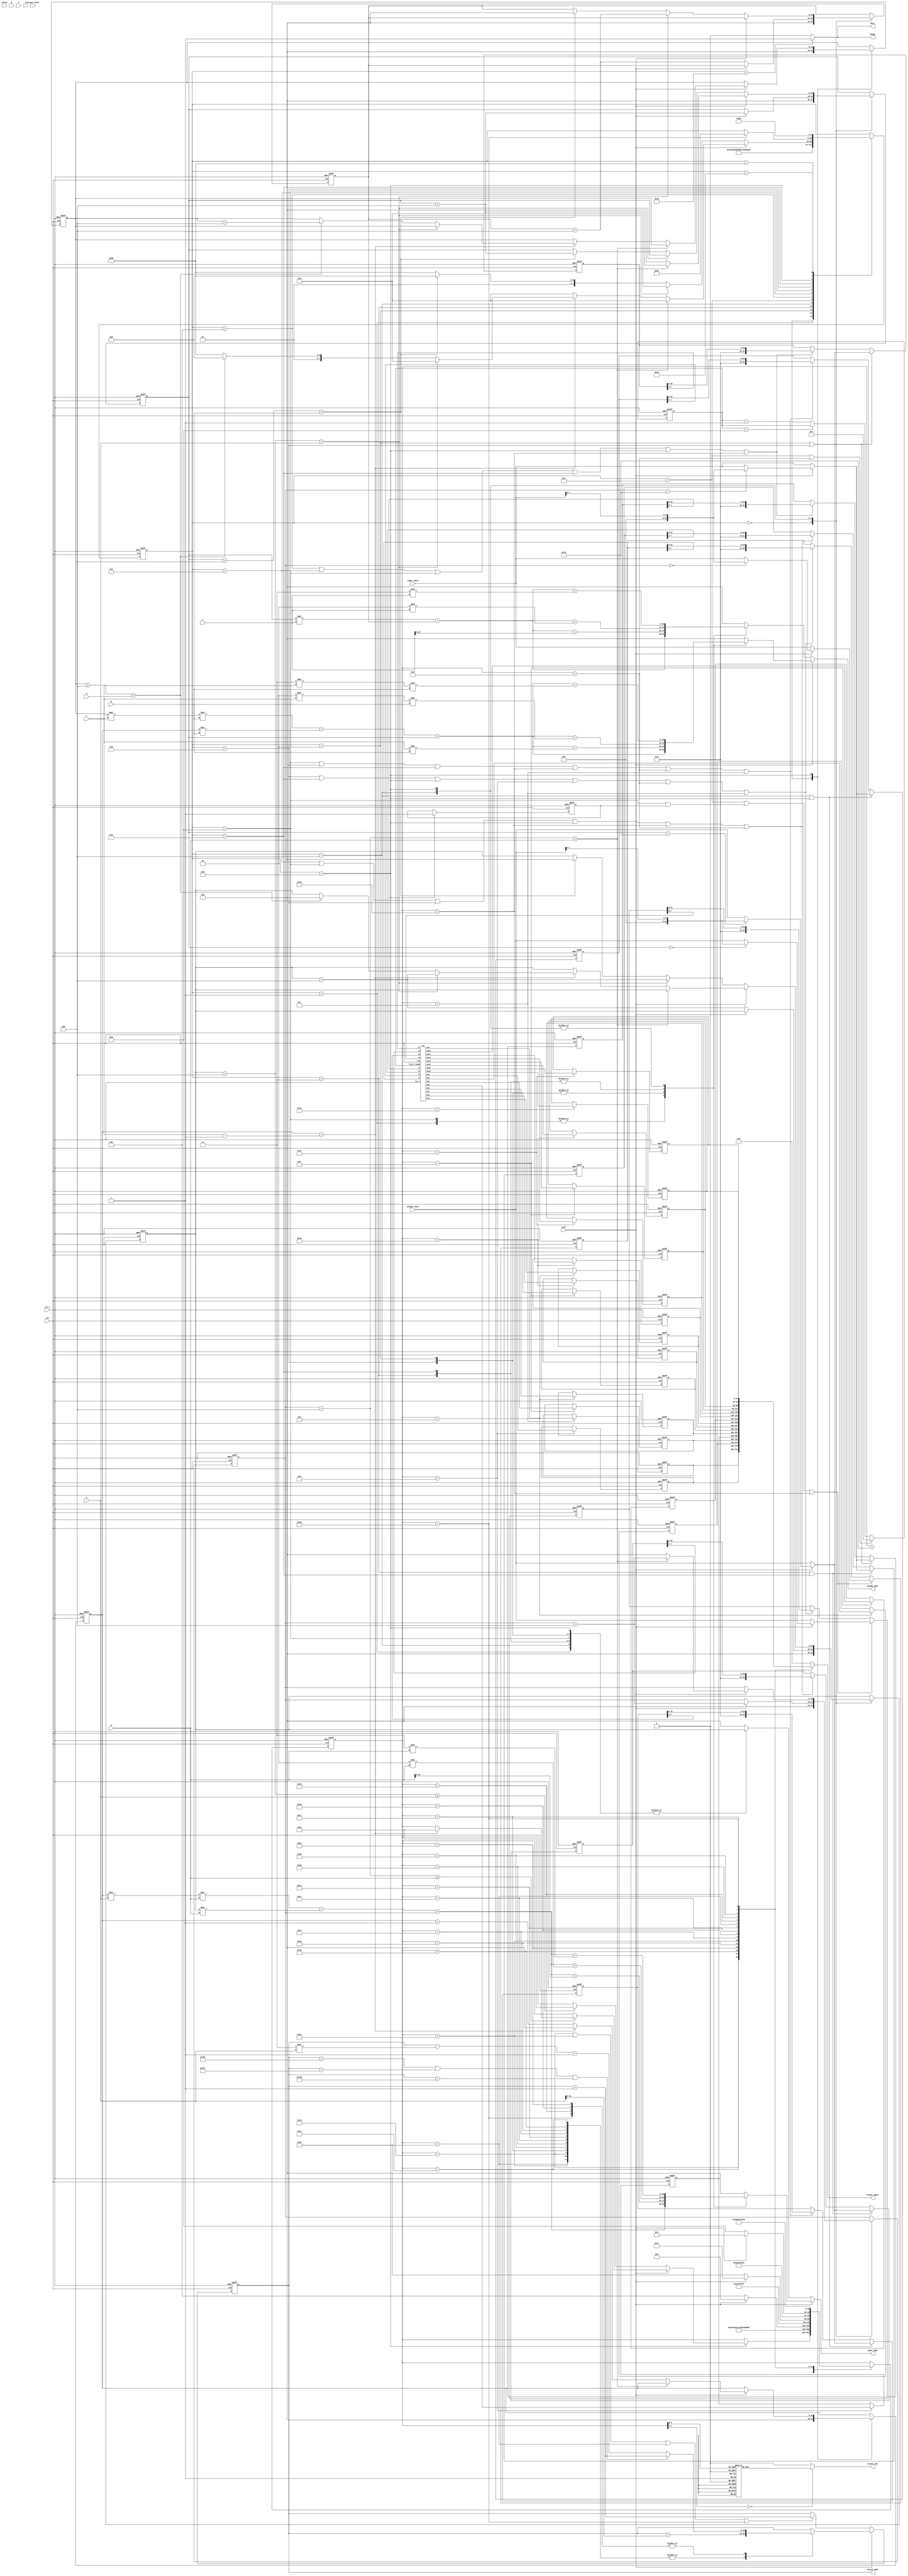
`define init 8'd0 
`define set1 8'd1
`define set2_get1 8'd2
`define set3_get2 8'd3
`define set4_get3 8'd4
`define get4 8'd5
`define dummy1 8'd6
`define dummy2 8'd7
`define loop1 8'd8
`define loop2 8'd9
`define loop3 8'd10
`define loop4 8'd11
`define wait_to_finish 8'd41
`define last 8'd42
`define done 8'd43

`define clk1 8'd12
`define clk2 8'd13
`define clk3 8'd14
`define clk4 8'd15
`define clk5 8'd16
`define clk6 8'd17
`define clk7 8'd18
`define stl1 8'd22
`define stl2 8'd23
`define idle 8'd24
`define send1 8'd25
`define send2 8'd26
`define send3 8'd27
`define send4 8'd28
`define send5 8'd29
`define send6 8'd30
`define send7 8'd31
`define send8 8'd32
`define send9 8'd33
`define send10 8'd34
`define send11 8'd35
`define send12 8'd36
`define send13 8'd37
`define send14 8'd38
`define send15 8'd39
`define send16 8'd40

`define fc 1'b0
`define conv 1'b1


module top (
    input clk,
    input rst_n,
    input valid,
    input conv,
    output reg Wait,
    output reg Ready,
    output reg [15:0] input_addr,
    input [31:0] input_rdata,
    output reg [15:0] weight_addr,
    input [31:0] weight_rdata,
    output reg output_wen,
    output reg [15:0] output_addr,
    input signed [31:0] output_rdata,
    output reg signed [31:0] output_wdata,
    input [31:0] N,
    input [31:0] C,
    input [31:0] H,
    input [31:0] W,
    input [31:0] R,
    input [31:0] S,
    input [31:0] M,
    input [31:0] P,
    input [31:0] Q
);

// state 
reg [7:0] state, next_state;

// 8 buffer -> 4 row & 4 col
reg signed [31:0] next_row1_buf, next_row2_buf, next_row3_buf, next_row4_buf; 
reg signed [31:0] row1_buf, row2_buf, row3_buf, row4_buf; 
reg signed [31:0] next_col1_buf, next_col2_buf, next_col3_buf, next_col4_buf; 
reg signed [31:0] col1_buf, col2_buf, col3_buf, col4_buf; 
reg [15:0] output_addr_, next_output_addr;

// output data storage
reg signed [31:0] sa1, sa2, sa3, sa4, sa5, sa6, sa7, sa8, sa9, sa10, sa11, sa12, sa13, sa14, sa15, sa16;
reg signed [31:0] next_sa1, next_sa2, next_sa3, next_sa4, next_sa5, next_sa6, next_sa7, next_sa8, next_sa9, next_sa10, next_sa11, next_sa12, next_sa13, next_sa14, next_sa15, next_sa16;
wire signed [31:0] _sa1, _sa2, _sa3, _sa4, _sa5, _sa6, _sa7, _sa8, _sa9, _sa10, _sa11, _sa12, _sa13, _sa14, _sa15, _sa16;

// cnt for input & weight
// cnt for channel 
// num of weight kernel
reg [15:0] ch, next_ch;
reg [15:0] ip_r, ip_c, next_ip_r, next_ip_c; 
reg [15:0] wt_r, wt_c, next_wt_r, next_wt_c, wt_num, next_wt_num;

// output w state
reg [7:0] opw_state, next_opw_state;

// first round
reg [5:0] first_round, next_first_round;

    // -----------------------------------------------------------------------------------
    // flag
    reg flag, next_flag;
    always @(*) begin
        next_flag = flag;
        if (state == `loop4) begin
            next_flag = 1;
        end
    end
    always @(posedge clk, negedge rst_n) begin
        if (rst_n == 0) begin
            flag = 0;
        end
        else begin
            flag = next_flag;
        end
    end

    // -----------------------------------------------------------------------------------

    // row1 buffer
    always @(*) begin
        if (state == `set2_get1 || state == `loop2) begin
            if (conv == `conv) begin
                if (ip_c == 16'd24) begin
                    next_row1_buf = {24'd0, input_rdata[7:0]};
                end
                else begin
                    next_row1_buf = input_rdata;
                end
            end
            else begin
                next_row1_buf = input_rdata;
            end
        end
        else if (state == `dummy1 || state == `dummy2 || state == `loop1
        || state == `loop3 || state == `loop4 || opw_state == `stl1) begin
            next_row1_buf = {8'b00000000, row1_buf[31:8]};
        end
        else begin
            next_row1_buf = row1_buf;
        end
    end

    // row2 buffer
    always @(*) begin
        if (state == `set3_get2 || state == `loop3) begin
            if (conv == `conv) begin
                if (ip_c == 16'd24) begin
                    next_row2_buf = {24'd0, input_rdata[7:0]};
                end
                else begin
                    next_row2_buf = input_rdata;
                end
            end
            else begin
                next_row2_buf = input_rdata;
            end
        end
        else if (state == `dummy2 || state == `loop1
        || state == `loop2 || state == `loop4 || opw_state == `stl1 || opw_state == `stl2) begin
            next_row2_buf = {8'b00000000, row2_buf[31:8]};
        end
        else begin
            next_row2_buf = row2_buf;
        end
    end

    // row3 buffer
    always @(*) begin
        if (state == `set4_get3 || state == `loop4) begin
            if (conv == `conv) begin
                if (ip_c == 16'd24) begin
                    next_row3_buf = {24'd0, input_rdata[7:0]};
                end
                else begin
                    next_row3_buf = input_rdata;
                end
            end
            else begin
                next_row3_buf = input_rdata;
            end
        end
        else if (state == `loop1 || state == `loop2 || state == `loop3 || opw_state == `stl1 || opw_state == `stl2 || opw_state == `clk1) begin
            next_row3_buf = {8'b00000000, row3_buf[31:8]};
        end
        else begin
            next_row3_buf = row3_buf;
        end
    end

    // row4 buffer
    always @(*) begin
        if (state == `get4 || (state == `loop1 && flag == 1) || opw_state == `stl1) begin
            if (conv == `conv) begin
                if (ip_c == 16'd0) begin
                    next_row4_buf = {24'd0, input_rdata[7:0]};
                end
                else begin
                    next_row4_buf = input_rdata;
                end
            end
            else begin
                next_row4_buf = input_rdata;
            end
        end
        else if (state == `loop2 || state == `loop3 || state == `loop4 || opw_state == `clk2 || opw_state == `stl2 || opw_state == `clk1) begin
            next_row4_buf = {8'b00000000, row4_buf[31:8]};
        end
        else begin
            next_row4_buf = row4_buf;
        end
    end

    // col1 buffer
    always @(*) begin
        if (state == `set2_get1 || state == `loop2) begin
            if (conv == `conv) begin
                if (wt_r == 16'd24) begin
                    next_col1_buf = {24'd0, weight_rdata[7:0]};
                end
                else begin
                    next_col1_buf = weight_rdata;
                end
            end
            else begin
                next_col1_buf = weight_rdata;
            end
        end
        else if (state == `dummy1 || state == `dummy2 || state == `loop1
        || state == `loop3 || state == `loop4 || opw_state == `stl1) begin
            next_col1_buf = {8'b00000000, col1_buf[31:8]};
        end
        else begin
            next_col1_buf = col1_buf;
        end
    end

    // col2 buffer
    always @(*) begin
        if (state == `set3_get2 || state == `loop3) begin
            if (conv == `conv) begin
                if (wt_r == 16'd24) begin
                    next_col2_buf = {24'd0, weight_rdata[7:0]};
                end
                else begin
                    next_col2_buf = weight_rdata;
                end
            end
            else begin
                next_col2_buf = weight_rdata;
            end
        end
        else if (state == `dummy2 || state == `loop1
        || state == `loop2 || state == `loop4 || opw_state == `stl1 || opw_state == `stl2) begin
            next_col2_buf = {8'b00000000, col2_buf[31:8]};
        end
        else begin
            next_col2_buf = col2_buf;
        end
    end

    // col3 buffer
    always @(*) begin
        if (state == `set4_get3 || state == `loop4) begin
            if (conv == `conv) begin
                if (wt_r == 16'd24) begin
                    next_col3_buf = {24'd0, weight_rdata[7:0]};
                end
                else begin
                    next_col3_buf = weight_rdata;
                end
            end
            else begin
                next_col3_buf = weight_rdata;
            end
        end
        else if (state == `loop1 || state == `loop2 || state == `loop3 || opw_state == `stl1 || opw_state == `stl2 || opw_state == `clk1) begin
            next_col3_buf = {8'b00000000, col3_buf[31:8]};
        end
        else begin
            next_col3_buf = col3_buf;
        end
    end

    // col4 buffer
    always @(*) begin
        if (state == `get4 || (state == `loop1 && flag == 1) || opw_state == `stl1) begin
            if (conv == `conv) begin
                if (wt_r == 16'd0) begin
                    next_col4_buf = {24'd0, weight_rdata[7:0]};
                end
                else begin
                    next_col4_buf = weight_rdata;
                end
            end
            else begin
                next_col4_buf = weight_rdata;
            end
        end
        else if (state == `loop2 || state == `loop3 || state == `loop4 || opw_state == `clk2 || opw_state == `stl2 || opw_state == `clk1) begin
            next_col4_buf = {8'b00000000, col4_buf[31:8]};
        end
        else begin
            next_col4_buf = col4_buf;
        end
    end

    // sequential 
    always @(posedge clk, negedge rst_n) begin
        if (rst_n == 0) begin
            row1_buf = 32'd0;
            col1_buf = 32'd0;
            row2_buf = 32'd0;
            col2_buf = 32'd0;
            row3_buf = 32'd0;
            col3_buf = 32'd0;
            row4_buf = 32'd0;
            col4_buf = 32'd0;
        end
        else begin
            row1_buf = next_row1_buf;
            col1_buf = next_col1_buf;
            row2_buf = next_row2_buf;
            col2_buf = next_col2_buf;
            row3_buf = next_row3_buf;
            col3_buf = next_col3_buf;
            row4_buf = next_row4_buf;
            col4_buf = next_col4_buf;
        end
    end
    // ----------------------------------------------------------------------

    // input address
    always @(*) begin
        input_addr = 16'd0;
        if (conv == `conv) begin
            case (state)
                `set1: begin
                    input_addr = ch * H * W + ip_r * W + ip_c;
                end 
                `set2_get1: begin
                    input_addr = ch * H * W + ip_r * W + ip_c + W;
                end
                `set3_get2: begin
                    input_addr = ch * H * W + ip_r * W + ip_c + 2 * W;
                end
                `set4_get3: begin
                    input_addr = ch * H * W + ip_r * W + ip_c + 3 * W;
                end
                `loop1: begin
                    input_addr = ch * H * W + ip_r * W + ip_c;
                end
                `loop2: begin
                    input_addr = ch * H * W + ip_r * W + ip_c + W;
                end
                `loop3: begin
                    input_addr = ch * H * W + ip_r * W + ip_c + 2 * W;
                end
                `loop4: begin
                    input_addr = ch * H * W + ip_r * W + ip_c + 3 * W;
                end
            endcase
        end
        else begin // fc
            case (state)
                `set1: begin
                    input_addr = ip_r;
                end 
                `set2_get1: begin
                    input_addr = ip_r;
                end
                `set3_get2: begin
                    input_addr = ip_r;
                end
                `set4_get3: begin
                    input_addr = ip_r;
                end
                `loop1: begin
                    input_addr = ip_r;
                end
                `loop2: begin
                    input_addr = ip_r;
                end
                `loop3: begin
                    input_addr = ip_r;
                end
                `loop4: begin
                    input_addr = ip_r;
                end
            endcase
        end
    end

    // -----------------------------------------------------------------------

    // weight address
    always @(*) begin
        weight_addr = 16'd0;
        if (conv == `conv) begin
            case (state)
                `set1: begin
                    weight_addr = wt_num * C * R + ch * R + wt_r;
                end 
                `set2_get1: begin
                    weight_addr = wt_num * C * R + ch * R + wt_r + C * R;
                end
                `set3_get2: begin
                    weight_addr = wt_num * C * R + ch * R + wt_r + 2 * C * R;
                end
                `set4_get3: begin
                    weight_addr = wt_num * C * R + ch * R + wt_r + 3 * C * R;
                end
                `loop1: begin
                    weight_addr = wt_num * C * R + ch * R + wt_r;
                end 
                `loop2: begin
                    weight_addr = wt_num * C * R + ch * R + wt_r + C * R;
                end
                `loop3: begin
                    weight_addr = wt_num * C * R + ch * R + wt_r + 2 * C * R;
                end
                `loop4: begin
                    weight_addr = wt_num * C * R + ch * R + wt_r + 3 * C * R;
                end
            endcase
        end
        else begin
            case (state)
                `set1: begin
                    weight_addr = wt_r * S + wt_c;
                end 
                `set2_get1: begin
                    weight_addr = wt_r * S + wt_c + S;
                end
                `set3_get2: begin
                    weight_addr = wt_r * S + wt_c + 2 * S;
                end
                `set4_get3: begin
                    weight_addr = wt_r * S + wt_c + 3 * S;
                end
                `loop1: begin
                    weight_addr = wt_r * S + wt_c;
                end 
                `loop2: begin
                    weight_addr = wt_r * S + wt_c + S;
                end
                `loop3: begin
                    weight_addr = wt_r * S + wt_c + 2 * S;
                end
                `loop4: begin
                    weight_addr = wt_r * S + wt_c + 3 * S;
                end
            endcase
        end
    end

    // -----------------------------------------------------------------------

    // output address
    always @(*) begin
        next_output_addr = output_addr;
        if (conv == `conv) begin
            case (opw_state)
                `send1, `send2, `send3, `send5, `send6, `send7, 
                `send9, `send10, `send11, `send13, `send14, `send15: begin
                    next_output_addr = output_addr + H;
                end 
                `send4, `send8, `send12, `send16: begin
                    if (output_addr == 16'd399 || output_addr == 16'd799 || output_addr == 16'd1199) begin
                        next_output_addr = output_addr + 1;
                    end
                    else begin
                        next_output_addr = output_addr - 3 * H + 1;
                    end
                end
            endcase
        end
        else begin 
            if (opw_state == `send1 || opw_state == `send6 || opw_state == `send11 || opw_state == `send16) begin
                next_output_addr = output_addr + 1;
            end
            else begin
                next_output_addr = output_addr;
            end
        end
    end
    // sequential
    always @(posedge clk, negedge rst_n) begin
        if (rst_n == 0) begin
            output_addr = 16'd0;
        end
        else begin
            output_addr = next_output_addr;
        end
    end

    // ------------------------------------------------------------------------


    // output wen
    always @(*) begin
        output_wen = 0;
        case (opw_state) 
            `send1, `send2, `send3, `send4, `send5, `send6, `send7, `send8, `send9, `send10, 
            `send11, `send12, `send13, `send14, `send15, `send16: begin
                output_wen = 1;    
            end 
        endcase
    end

    // -------------------------------------------------------------------------


    // --- state ---
    // combinational 
    always @(*) begin
        next_state = state;
        next_ch = ch;
        next_ip_r = ip_r;
        next_ip_c = ip_c;
        next_wt_r = wt_r;
        next_wt_c = wt_c;
        next_wt_num = wt_num;
        case (state)
            `init: begin
                next_state = `set1;
                next_ch = 16'd0;
                next_ip_r = 16'd0;
                next_ip_c = 16'd0;
                next_wt_r = 16'd0;
                next_wt_c = 16'd0;
                next_wt_num = 16'd0;
            end
            `set1: begin
                next_state = `set2_get1;
            end
            `set2_get1: begin // get 1
                next_state = `set3_get2;
            end
            `set3_get2: begin // get 2
                next_state = `set4_get3;
            end
            `set4_get3: begin // get 3
                next_state = `get4;
                if (conv == `conv) begin
                    next_ip_c = ip_c + 16'd4;
                    next_wt_r = wt_r + 16'd4;
                end
                else begin
                    next_ip_r = ip_r + 16'd4;
                    next_wt_c = wt_c + 16'd4;
                end
            end
            `get4: begin
                next_state = `dummy1;
            end
            `dummy1: begin
                next_state = `dummy2;
            end
            `dummy2: begin
                next_state = `loop1;
            end
            `loop1: begin
                next_state = `loop2;
            end
            `loop2: begin
                next_state = `loop3;
            end
            `loop3: begin
                next_state = `loop4;
            end
            `loop4: begin
                if (conv == `conv) begin
                    if (ip_c + 4 < W) begin
                        next_ch = ch;
                        next_ip_r = ip_r;
                        next_ip_c = ip_c + 16'd4;
                        next_wt_r = wt_r + 16'd4;
                        next_state = `loop1;
                    end
                    else begin
                        if (ch == C - 1) begin
                            if (ip_r + 4 < H) begin
                                next_ip_r = ip_r + 16'd4;
                                next_ip_c = 16'd0;
                                next_ch = 16'd0;
                                next_wt_r = 16'd0;
                                next_wt_num = wt_num;
                                next_state = `loop1;
                            end
                            else begin
                                if (wt_num + 4 < M) begin
                                    next_ip_r = 16'd0;
                                    next_ip_c = 16'd0;
                                    next_ch = 16'd0;
                                    next_wt_r = 16'd0;
                                    next_wt_num = wt_num + 16'd4;
                                    next_state = `loop1;
                                end
                                else begin
                                    // next_ip_r = 16'd0;
                                    next_ip_c = 16'd0;
                                    next_ch = 16'd0;
                                    next_wt_r = 16'd0;
                                    // next_wt_num = wt_num + 16'd4;
                                    next_state = `wait_to_finish;
                                end
                            end
                        end
                        else begin
                            next_ip_r = ip_r;
                            next_ip_c = 16'd0;
                            next_ch = ch + 16'd1;
                            next_wt_r = 16'd0;
                            next_state = `loop1;
                        end
                    end
                end
                else begin // fc
                    if (ip_r + 4 < H) begin
                        next_ip_r = ip_r + 16'd4;
                        next_wt_c = wt_c + 16'd4;
                        next_wt_r = wt_r;
                        next_state = `loop1;
                    end
                    else begin
                        if (wt_r + 4 < R) begin
                            next_ip_r = 16'd0;
                            next_wt_c = 16'd0;
                            next_wt_r = wt_r + 16'd4;
                            next_state = `loop1;
                        end
                        else begin
                            // next_ip_r = 16'd0;
                            // next_wt_c = 16'd0;
                            // next_wt_r = wt_r + 16'd4;
                            next_state = `wait_to_finish;
                        end
                    end
                end
            end
            `wait_to_finish: begin
                if (opw_state == `send16) begin
                    next_state = `last;
                end
            end
            `last: begin
                next_state = `done;
            end
        endcase
    end

    // output write data state
    always @(*) begin
        next_opw_state = opw_state;
        case (opw_state)
            `idle: begin
                if (state == `loop4) begin
                    if (conv == `conv) begin
                        if (ip_c + 4 >= W) begin
                            if (ch == C - 1) begin
                                next_opw_state = `stl1;
                            end
                        end
                    end
                    else begin // fc
                        if (ip_r + 4 >= H) begin
                            next_opw_state = `stl1;
                        end
                    end
                end
            end 
            `stl1: begin
                next_opw_state = `stl2;
            end
            `stl2: begin
                next_opw_state = `clk1;
            end
            `clk1: begin
                next_opw_state = `clk2;
            end
            `clk2: begin
                next_opw_state = `clk3;
            end
            `clk3: begin
                next_opw_state = `clk4;
            end
            `clk4: begin
                next_opw_state = `clk5;
            end
            `clk5: begin
                next_opw_state = `clk6;
            end
            `clk6: begin
                next_opw_state = `clk7;
            end
            `clk7: begin
                next_opw_state = `send1;
            end
            `send1: begin
                if (conv == `conv) next_opw_state = `send2;
                else next_opw_state = `send6;
            end
            `send2: begin
                next_opw_state = `send3;
            end
            `send3: begin
                next_opw_state = `send4;
            end
            `send4: begin
                next_opw_state = `send5;
            end
            `send5: begin
                next_opw_state = `send6;
            end
            `send6: begin
                if (conv == `conv) next_opw_state = `send7;
                else next_opw_state = `send11;
            end
            `send7: begin
                next_opw_state = `send8;
            end
            `send8: begin
                next_opw_state = `send9;
            end
            `send9: begin
                next_opw_state = `send10;
            end
            `send10: begin
                next_opw_state = `send11;
            end
            `send11: begin
                if (conv == `conv) next_opw_state = `send12;
                else next_opw_state = `send16;
            end
            `send12: begin
                next_opw_state = `send13;
            end
            `send13: begin
                next_opw_state = `send14;
            end
            `send14: begin
                next_opw_state = `send15;
            end
            `send15: begin
                next_opw_state = `send16;
            end
            `send16: begin
                next_opw_state = `idle;
            end
        endcase
    end

    // sequential
    always @(posedge clk, negedge rst_n) begin
        if (rst_n == 0) begin
            state = `init;
            opw_state = `idle;
            ch = 16'd0;
            ip_r = 16'd0;
            ip_c = 16'd0;
            wt_r = 16'd0;
            wt_c = 16'd0;
            wt_num = 16'd0;
        end
        else begin
            state = next_state;
            opw_state = next_opw_state;
            ch = next_ch;
            ip_r = next_ip_r;
            ip_c = next_ip_c;
            wt_r = next_wt_r;
            wt_c = next_wt_c;
            wt_num = next_wt_num;
        end
    end



// -------------------------------------------------------
    // ready & wait
    always @(*) begin
        if (state == `done) begin
            Ready = 1;
            Wait = 1;
        end
        else begin
            Ready = 0;
            Wait = 0;
        end
    end

// -------------------------------------------------------
    // first round
    always @(*) begin
        if (state == `get4 || opw_state == `stl2) begin
            next_first_round = 6'd1;
        end
        else begin
            if (first_round == 6'd8) begin
                next_first_round = first_round;
            end
            else begin
                next_first_round = first_round + 6'd1;
            end
        end
    end
    always @(posedge clk, negedge rst_n) begin
        if (rst_n == 0) begin
            first_round = 6'd0;
        end
        else begin
            first_round = next_first_round;
        end
    end

// -------------------------------------------------------
SA systolic_array(
.clk(clk), .rst_n(rst_n), .first_round(first_round),
.r1(row1_buf[7:0]), .r2(row2_buf[7:0]), .r3(row3_buf[7:0]), .r4(row4_buf[7:0]),
.c1(col1_buf[7:0]), .c2(col2_buf[7:0]), .c3(col3_buf[7:0]), .c4(col4_buf[7:0]),
.sa1(_sa1), .sa2(_sa2), .sa3(_sa3), .sa4(_sa4), .sa5(_sa5), .sa6(_sa6), .sa7(_sa7), .sa8(_sa8),
.sa9(_sa9), .sa10(_sa10), .sa11(_sa11), .sa12(_sa12), .sa13(_sa13), .sa14(_sa14), .sa15(_sa15), .sa16(_sa16)
);

    always @(*) begin
        next_sa1 = sa1;
        next_sa2 = sa2;
        next_sa3 = sa3;
        next_sa4 = sa4;
        next_sa5 = sa5;
        next_sa6 = sa6;
        next_sa7 = sa7;
        next_sa8 = sa8;
        next_sa9 = sa9;
        next_sa10 = sa10;
        next_sa11 = sa11;
        next_sa12 = sa12;
        next_sa13 = sa13;
        next_sa14 = sa14;
        next_sa15 = sa15;
        next_sa16 = sa16;
        case (opw_state)
            `clk1: begin
                next_sa1 = _sa1;
            end 
            `clk2: begin
                next_sa2 = _sa2;
                next_sa5 = _sa5;
            end 
            `clk3: begin
                next_sa3 = _sa3;
                next_sa6 = _sa6;
                next_sa9 = _sa9;
            end 
            `clk4: begin
                next_sa4 = _sa4;
                next_sa7 = _sa7;
                next_sa10 = _sa10;
                next_sa13 = _sa13;
            end 
            `clk5: begin
                next_sa8 = _sa8;
                next_sa11 = _sa11;
                next_sa14 = _sa14;
            end 
            `clk6: begin
                next_sa12 = _sa12;
                next_sa15 = _sa15;
            end 
            `clk7: begin
                next_sa16 = _sa16;
            end  
        endcase
    end

    always @(posedge clk, negedge rst_n) begin
        if (rst_n == 0) begin
            sa1 = 32'd0;
            sa2 = 32'd0;
            sa3 = 32'd0;
            sa4 = 32'd0;
            sa5 = 32'd0;
            sa6 = 32'd0;
            sa7 = 32'd0;
            sa8 = 32'd0;
            sa9 = 32'd0;
            sa10 = 32'd0;
            sa11 = 32'd0;
            sa12 = 32'd0;
            sa13 = 32'd0;
            sa14 = 32'd0;
            sa15 = 32'd0;
            sa16 = 32'd0;
        end
        else begin
            sa1 = next_sa1;
            sa2 = next_sa2;
            sa3 = next_sa3;
            sa4 = next_sa4;
            sa5 = next_sa5;
            sa6 = next_sa6;
            sa7 = next_sa7;
            sa8 = next_sa8;
            sa9 = next_sa9;
            sa10 = next_sa10;
            sa11 = next_sa11;
            sa12 = next_sa12;
            sa13 = next_sa13;
            sa14 = next_sa14;
            sa15 = next_sa15;
            sa16 = next_sa16;
        end
    end

// ----------------------------------------------------------

    // output_wdata TODO
    always @(*) begin
        output_wdata = 32'd0;
        case (opw_state)
            `send1: begin
                output_wdata = sa1;
            end
            `send2: begin
                output_wdata = sa2;
            end
            `send3: begin
                output_wdata = sa3;
            end
            `send4: begin
                output_wdata = sa4;
            end
            `send5: begin
                output_wdata = sa5;
            end
            `send6: begin
                output_wdata = sa6;
            end
            `send7: begin
                output_wdata = sa7;
            end
            `send8: begin
                output_wdata = sa8;
            end
            `send9: begin
                output_wdata = sa9;
            end
            `send10: begin
                output_wdata = sa10;
            end
            `send11: begin
                output_wdata = sa11;
            end
            `send12: begin
                output_wdata = sa12;
            end
            `send13: begin
                output_wdata = sa13;
            end
            `send14: begin
                output_wdata = sa14;
            end
            `send15: begin
                output_wdata = sa15;
            end
            `send16: begin
                output_wdata = sa16;
            end
        endcase
    end
endmodule

module SA (
    clk, rst_n, first_round, r1, r2, r3, r4, c1, c2, c3, c4,
    sa1, sa2, sa3, sa4, sa5, sa6, sa7, sa8, sa9, sa10, sa11, sa12, sa13,
    sa14, sa15, sa16
);

input clk;
input rst_n;
input [5:0] first_round;
input signed [7:0] r1, r2, r3, r4;
input signed [7:0] c1, c2, c3, c4;

// systolic array stored value
output reg signed [31:0] sa1, sa2, sa3, sa4, sa5, sa6, sa7, sa8, sa9, sa10, sa11, sa12, sa13, sa14, sa15, sa16;
reg signed [31:0] next_sa1, next_sa2, next_sa3, next_sa4, next_sa5, next_sa6, next_sa7, next_sa8, next_sa9, next_sa10, next_sa11, next_sa12, next_sa13, next_sa14, next_sa15, next_sa16;

// systolic array output (row & column)
reg signed [7:0] sa1_r, sa1_c, sa2_r, sa2_c, sa3_r, sa3_c, sa4_r, sa4_c, sa5_r, sa5_c, sa6_r, sa6_c, sa7_r, sa7_c, sa8_r, sa8_c;
reg signed [7:0] sa9_r, sa9_c, sa10_r, sa10_c, sa11_r, sa11_c, sa12_r, sa12_c, sa13_r, sa13_c, sa14_r, sa14_c, sa15_r, sa15_c, sa16_r, sa16_c;
reg signed [7:0] next_sa1_r, next_sa1_c, next_sa2_r, next_sa2_c, next_sa3_r, next_sa3_c, next_sa4_r, next_sa4_c, next_sa5_r, next_sa5_c, next_sa6_r, next_sa6_c, next_sa7_r, next_sa7_c, next_sa8_r, next_sa8_c;
reg signed [7:0] next_sa9_r, next_sa9_c, next_sa10_r, next_sa10_c, next_sa11_r, next_sa11_c, next_sa12_r, next_sa12_c, next_sa13_r, next_sa13_c, next_sa14_r, next_sa14_c, next_sa15_r, next_sa15_c, next_sa16_r, next_sa16_c;

    // combinational
    always @(*) begin
        // sa1
        next_sa1_r = r1;
        next_sa1_c = c1;
        if (first_round == 6'd1) begin
            next_sa1 = r1 * c1;
        end
        else begin
            next_sa1 = sa1 + r1 * c1;
        end

        // sa2
        next_sa2_r = sa1_r;
        next_sa2_c = c2;
        if (first_round == 6'd2) begin
            next_sa2 = sa1_r * c2;
        end
        else begin
            next_sa2 = sa2 + sa1_r * c2;
        end

        // sa3
        next_sa3_r = sa2_r;
        next_sa3_c = c3;
        if (first_round == 6'd3) begin
            next_sa3 = sa2_r * c3;
        end
        else begin
            next_sa3 = sa3 + sa2_r * c3;
        end
        

        // sa4
        next_sa4_r = sa3_r;
        next_sa4_c = c4;
        if (first_round == 6'd4) begin
            next_sa4 = sa3_r * c4;
        end
        else begin
            next_sa4 = sa4 + sa3_r * c4;
        end
        

        // sa5
        next_sa5_r = r2;
        next_sa5_c = sa1_c;
        if (first_round == 6'd2) begin
            next_sa5 = r2 * sa1_c;
        end
        else begin
            next_sa5 = sa5 + r2 * sa1_c;
        end
        

        // sa6
        next_sa6_r = sa5_r;
        next_sa6_c = sa2_c;
        if (first_round == 6'd3) begin
            next_sa6 = sa5_r * sa2_c;
        end
        else begin
            next_sa6 = sa6 + sa5_r * sa2_c;
        end
        

        // sa7
        next_sa7_r = sa6_r;
        next_sa7_c = sa3_c;
        if (first_round == 6'd4) begin
            next_sa7 = sa6_r * sa3_c;
        end
        else begin
            next_sa7 = sa7 + sa6_r * sa3_c;
        end    

        // sa8
        next_sa8_r = sa7_r;
        next_sa8_c = sa4_c;
        if (first_round == 6'd5) begin
            next_sa8 = sa7_r * sa4_c;
        end
        else begin
            next_sa8 = sa8 + sa7_r * sa4_c;
        end

        // sa9
        next_sa9_r = r3;
        next_sa9_c = sa5_c;
        if (first_round == 6'd3) begin
            next_sa9 = r3 * sa5_c;
        end
        else begin
            next_sa9 = sa9 + r3 * sa5_c;
        end

        // sa10
        next_sa10_r = sa9_r;
        next_sa10_c = sa6_c;
        if (first_round == 6'd4) begin
            next_sa10 = sa9_r * sa6_c;
        end
        else begin
            next_sa10 = sa10 + sa9_r * sa6_c;
        end

        // sa11
        next_sa11_r = sa10_r;
        next_sa11_c = sa7_c;
        if (first_round == 6'd5) begin
            next_sa11 = sa10_r * sa7_c;
        end
        else begin
            next_sa11 = sa11 + sa10_r * sa7_c;
        end

        // sa12
        next_sa12_r = sa11_r;
        next_sa12_c = sa8_c;
        if (first_round == 6'd6) begin
            next_sa12 = sa11_r * sa8_c;
        end
        else begin
            next_sa12 = sa12 + sa11_r * sa8_c;
        end

        // sa13
        next_sa13_r = r4;
        next_sa13_c = sa9_c;
        if (first_round == 6'd4) begin
            next_sa13 = r4 * sa9_c;
        end
        else begin
            next_sa13 = sa13 + r4 * sa9_c;
        end

        // sa14
        next_sa14_r = sa13_r;
        next_sa14_c = sa10_c;
        if (first_round == 6'd5) begin
            next_sa14 = sa13_r * sa10_c;
        end
        else begin
            next_sa14 = sa14 + sa13_r * sa10_c;
        end


        // sa15
        next_sa15_r = sa14_r;
        next_sa15_c = sa11_c;
        if (first_round == 6'd6) begin
            next_sa15 = sa14_r * sa11_c;
        end
        else begin
            next_sa15 = sa15 + sa14_r * sa11_c;
        end

        // sa16
        next_sa16_r = sa15_r;
        next_sa16_c = sa12_c;
        if (first_round == 6'd7) begin
            next_sa16 = sa15_r * sa12_c;
        end
        else begin
            next_sa16 = sa16 + sa15_r * sa12_c;
        end
    end

    // sequential
    // sa, sa_r, sa_c
    always @(posedge clk, negedge rst_n) begin
        if (rst_n == 0) begin
            // sa
            sa1 = 32'd0;
            sa2 = 32'd0;
            sa3 = 32'd0;
            sa4 = 32'd0;
            sa5 = 32'd0;
            sa6 = 32'd0;
            sa7 = 32'd0;
            sa8 = 32'd0;
            sa9 = 32'd0;
            sa10 = 32'd0;
            sa11 = 32'd0;
            sa12 = 32'd0;
            sa13 = 32'd0;
            sa14 = 32'd0;
            sa15 = 32'd0;
            sa16 = 32'd0;

            // sa_c
            sa1_c = 8'd0;
            sa2_c = 8'd0;
            sa3_c = 8'd0;
            sa4_c = 8'd0;
            sa5_c = 8'd0;
            sa6_c = 8'd0;
            sa7_c = 8'd0;
            sa8_c = 8'd0;
            sa9_c = 8'd0;
            sa10_c = 8'd0;
            sa11_c = 8'd0;
            sa12_c = 8'd0;
            sa13_c = 8'd0;
            sa14_c = 8'd0;
            sa15_c = 8'd0;
            sa16_c = 8'd0;

            // sa_r
            sa1_r = 8'd0;
            sa2_r = 8'd0;
            sa3_r = 8'd0;
            sa4_r = 8'd0;
            sa5_r = 8'd0;
            sa6_r = 8'd0;
            sa7_r = 8'd0;
            sa8_r = 8'd0;
            sa9_r = 8'd0;
            sa10_r = 8'd0;
            sa11_r = 8'd0;
            sa12_r = 8'd0;
            sa13_r = 8'd0;
            sa14_r = 8'd0;
            sa15_r = 8'd0;
            sa16_r = 8'd0;

        end
        else begin
            // sa
            sa1 = next_sa1;
            sa2 = next_sa2;
            sa3 = next_sa3;
            sa4 = next_sa4;
            sa5 = next_sa5;
            sa6 = next_sa6;
            sa7 = next_sa7;
            sa8 = next_sa8;
            sa9 = next_sa9;
            sa10 = next_sa10;
            sa11 = next_sa11;
            sa12 = next_sa12;
            sa13 = next_sa13;
            sa14 = next_sa14;
            sa15 = next_sa15;
            sa16 = next_sa16;

            // sa_c
            sa1_c = next_sa1_c;
            sa2_c = next_sa2_c;
            sa3_c = next_sa3_c;
            sa4_c = next_sa4_c;
            sa5_c = next_sa5_c;
            sa6_c = next_sa6_c;
            sa7_c = next_sa7_c;
            sa8_c = next_sa8_c;
            sa9_c = next_sa9_c;
            sa10_c = next_sa10_c;
            sa11_c = next_sa11_c;
            sa12_c = next_sa12_c;
            sa13_c = next_sa13_c;
            sa14_c = next_sa14_c;
            sa15_c = next_sa15_c;
            sa16_c = next_sa16_c;

            // sa_r
            sa1_r = next_sa1_r;
            sa2_r = next_sa2_r;
            sa3_r = next_sa3_r;
            sa4_r = next_sa4_r;
            sa5_r = next_sa5_r;
            sa6_r = next_sa6_r;
            sa7_r = next_sa7_r;
            sa8_r = next_sa8_r;
            sa9_r = next_sa9_r;
            sa10_r = next_sa10_r;
            sa11_r = next_sa11_r;
            sa12_r = next_sa12_r;
            sa13_r = next_sa13_r;
            sa14_r = next_sa14_r;
            sa15_r = next_sa15_r;
            sa16_r = next_sa16_r;
        end
    end 
endmodule